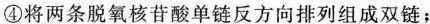
④将两条脱氧核苷酸单链反方向排列组成双链；